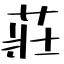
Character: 莊